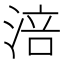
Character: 涪